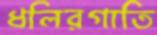
ধলিরগাতি